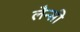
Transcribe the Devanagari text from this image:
लैन्सी